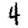
Digit: 4